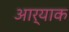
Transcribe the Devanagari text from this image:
आर्याक